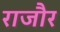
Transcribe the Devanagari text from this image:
राजौर